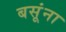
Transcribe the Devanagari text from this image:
बसूंना